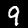
Label: 9